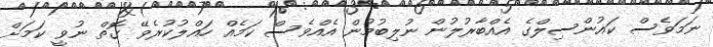
ނަމަވެސް ކައުންސިލްގެ އެއްބާރުލުން ނުލިބުމުން އެއްވެސް ކަމެއް ހައްލުކުރެވޭ ގޮތް ނުވީ ކަމަށް